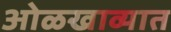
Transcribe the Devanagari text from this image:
ओळखाव्यात